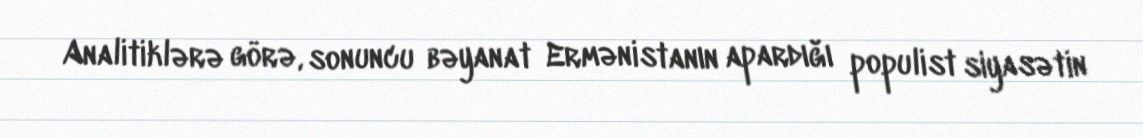
Analitiklərə görə, sonuncu bəyanat Ermənistanın apardığı populist siyasətin